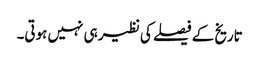
تاریخ کے فیصلے کی نظیر ہی نہیں ہوتی۔